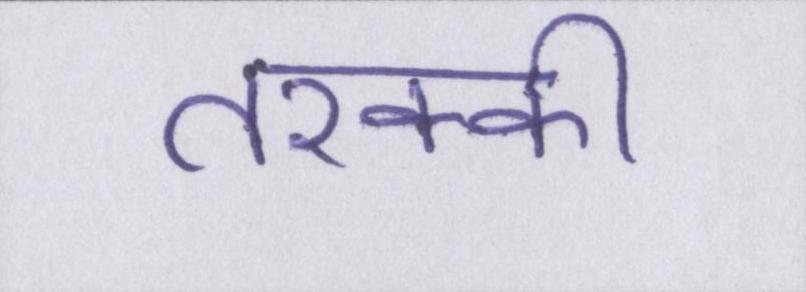
तरक्की